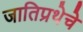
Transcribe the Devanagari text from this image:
जातिप्रथेचे